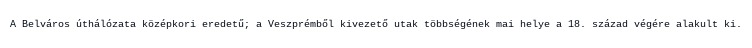
A Belváros úthálózata középkori eredetű; a Veszprémből kivezető utak többségének mai helye a 18. század végére alakult ki.